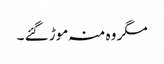
مگر وہ منہ موڑ گئے ۔